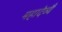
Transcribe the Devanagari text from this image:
महादेव्यै